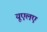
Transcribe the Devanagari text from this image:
यूएलए